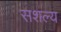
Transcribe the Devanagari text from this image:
सशल्य